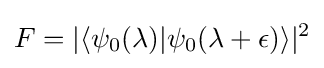
F=|\langle \psi _{0}(\lambda )|\psi _{0}(\lambda +\epsilon )\rangle |^{2}